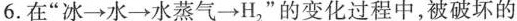
6.在”冰→水→水蒸气→H”的变化过程中，被破坏的